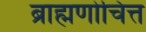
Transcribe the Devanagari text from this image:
ब्राह्मणोचित्त